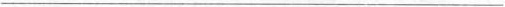
___